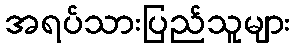
အရပ်သားပြည်သူများ